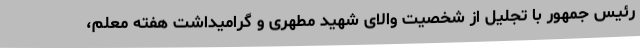
رئیس جمهور با تجلیل از شخصیت والای شهید مطهری و گرامیداشت هفته معلم،